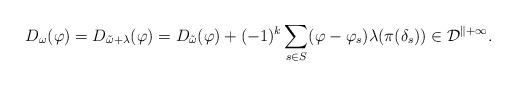
LaTeX: \begin{align*} D_{\omega} (\varphi) = D_{\tilde{\omega} + \lambda} (\varphi) = D_{ \tilde{\omega} } (\varphi) + (-1)^k \sum_{s \in S} (\varphi - \varphi_s) \lambda ( \pi(\delta_s) ) \in \cal{D}^{k+1}. \end{align*}